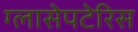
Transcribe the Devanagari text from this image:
ग्लासेपटेरिस